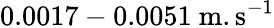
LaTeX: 0.0017-0.0051~\mathrm{m}.\mathrm{s}^{-1}